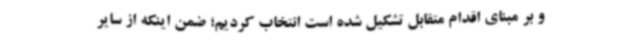
و بر مبنای اقدام متقابل تشکیل شده است انتخاب کردیم؛ ضمن اینکه از سایر